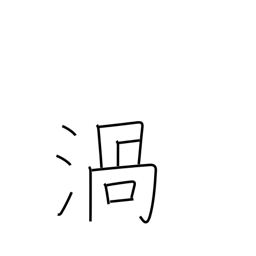
Meaning: vortex